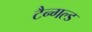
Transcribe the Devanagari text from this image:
टैन्गल्ड